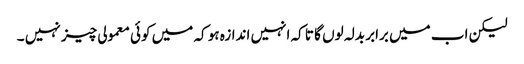
لیکن اب میں برابر بدلہ لوں گا تا کہ انہیں اندازہ ہو کہ میں کوئی معمولی چیز نہیں ۔